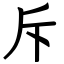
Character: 斥